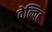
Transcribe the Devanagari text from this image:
वेल्विट